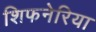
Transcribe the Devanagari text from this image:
शिफनेरिया